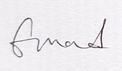
Signature authenticity: genuine